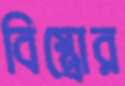
বিস্ত্রোর